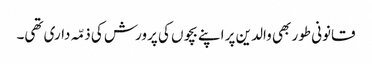
قانونی طور بھی والدین پر اپنے بچوں کی پرورش کی ذمّہ داری تھی۔